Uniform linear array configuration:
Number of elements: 48
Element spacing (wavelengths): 0.5
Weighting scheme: hamming
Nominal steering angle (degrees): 0
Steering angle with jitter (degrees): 1.31
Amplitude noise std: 0.05
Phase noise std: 0.05

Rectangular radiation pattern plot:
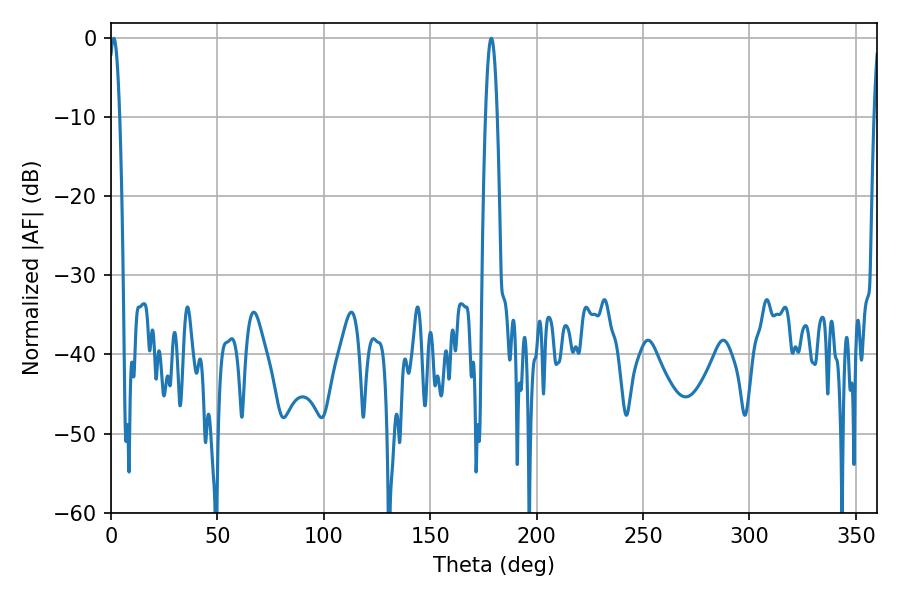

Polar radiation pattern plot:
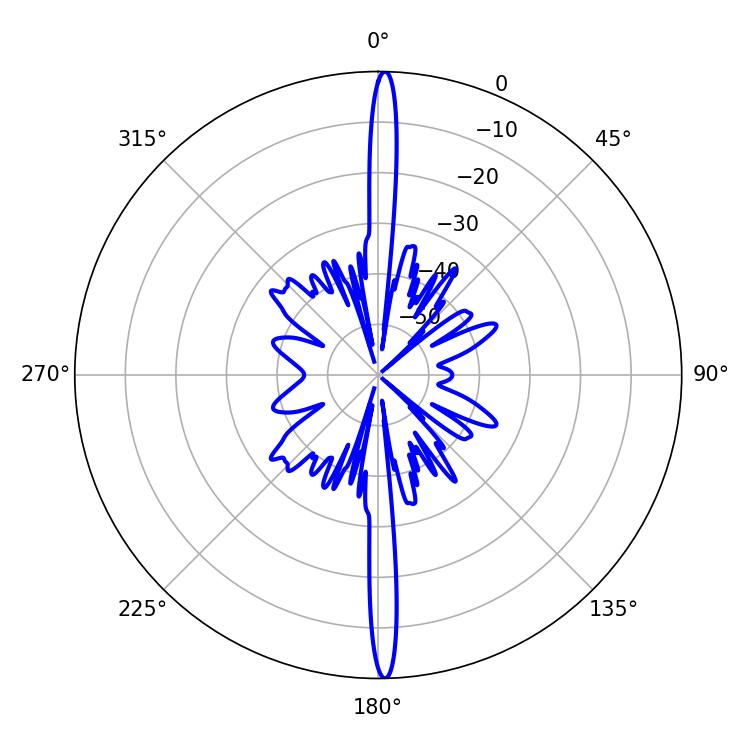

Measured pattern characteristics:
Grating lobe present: FALSE
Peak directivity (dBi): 28.982
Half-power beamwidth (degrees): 2.88
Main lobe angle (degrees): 178.74